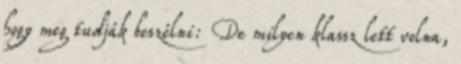
hogy meg tudják beszélni: De milyen klassz lett volna,